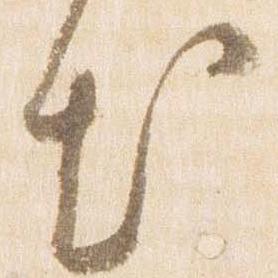
出